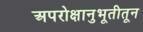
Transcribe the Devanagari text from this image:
अपरोक्षानुभूतीतून